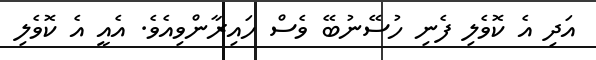
އަދި އެ ކޮވެލި ފެނި ހުސޭނުބޭ ވެސް ހައިރާންވިއެވެ. އެއީ އެ ކޮވެލި